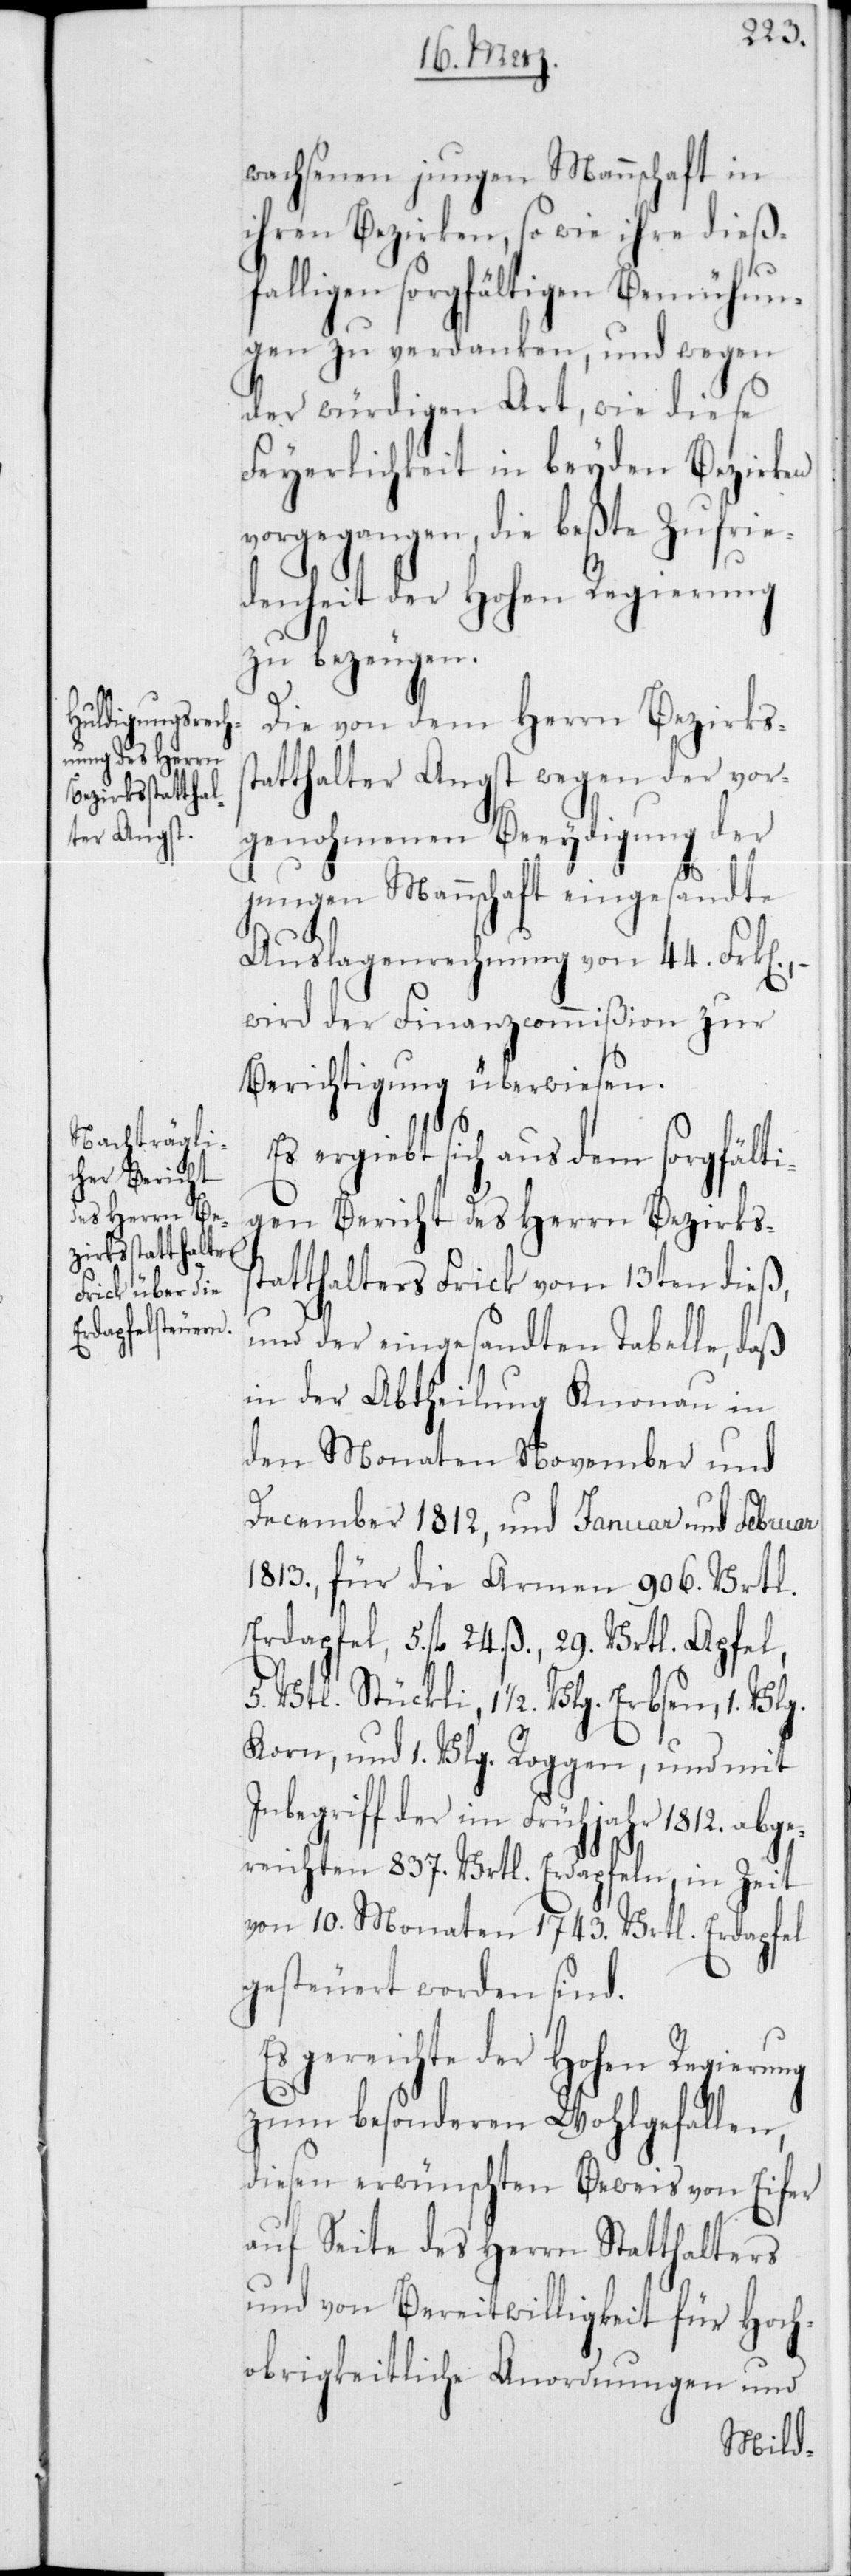
wachsenen jungen Mannschaft in
ihren Bezirken, so wie ihre dieß¬
falligen sorgfältigen Bemühun¬
gen zu verdanken, und wegen
der würdigen Art, wie diese
Feyerlichkeit in beyden Bezirken
vorgegangen, die beßte Zufrie¬
denheit der Hohen Regierung
zu bezeugen.
Die von dem Herrn Bezirkss¬
tatthalter Angst wegen der vor¬
genohmenen Beeydigung der
jungen Mannschaft eingesandte
Auslagenrechnung von 44 Frk.,
wird der Finanzcommißion zur
Berichtigung überwiesen.
Es ergiebt sich aus dem sorgfälti¬
gen Bericht des Herrn Bezirkss¬
tatthalters Frick vom 13ten dieß
und der eingesandten Tabelle, daß
in der Abtheilung Knonau in
den Monaten November und
December 1812, und Januar und Februar
1813, für die Armen 906 Vrtl.
Erdapfel, 5 fl. 24 ß, 29 Vrtl. Apfel,
5 Vrtl. Stückli, 1 1/2 Vlg. Erbsen, 1 Vlg.
Korn und 1 Vlg. Roggen, und mit
der im Frühjahr 1812 abge¬
reichten 837 Vrtl. Erdapfeln, in Zeit
von 10 Monaten 1743 Vrtl. Erdapfel
gesteuert worden sind.
gereichte der Hohen
zum besonderen Wohlgefallen,
diesen erwünschten Beweis von Eifer
auf Seite des Herrn Statthalters
und von Bereitwilligkeit für Hoch¬
obrigkeitliche Anordnungen und